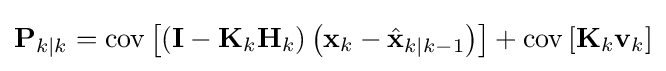
\mathbf {P} _{k\mid k}=\operatorname {cov} \left[\left(\mathbf {I} -\mathbf {K} _{k}\mathbf {H} _{k}\right)\left(\mathbf {x} _{k}-{\hat {\mathbf {x} }}_{k\mid k-1}\right)\right]+\operatorname {cov} \left[\mathbf {K} _{k}\mathbf {v} _{k}\right]